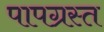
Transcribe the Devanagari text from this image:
पापग्रस्त